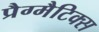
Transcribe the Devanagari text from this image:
प्रैग्मैटिक्स